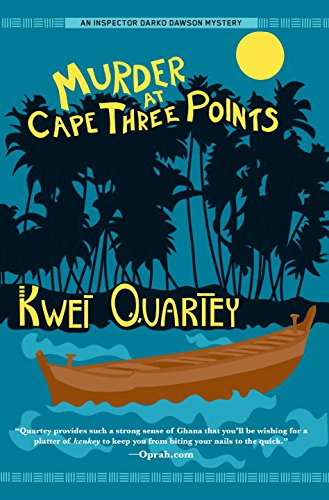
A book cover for Murder at Cape Three Points (A Darko Dawson Mystery); Kwei Quartey; Mystery, Thriller & Suspense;